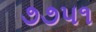
૭૭૫૧